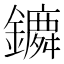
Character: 𨭤